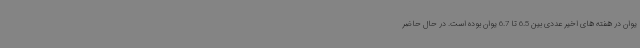
یوان در هفته های اخیر عددی بین 6.5 تا 6.7 یوان بوده است. در حال حاضر